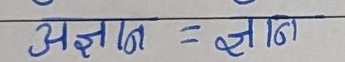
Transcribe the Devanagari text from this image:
अज्ञान = ज्ञान